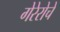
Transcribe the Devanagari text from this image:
गेरेरोचे